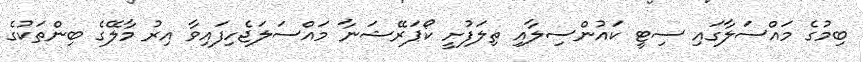
ބިމުގެ މައްސަލާގައި ސިޓީ ކައުންސިލާއި ތިލަފުށީ ކޯޕަރޭޝަނާ މައްސަލަޖެހިފައިވާ އިރު މާލޭގެ ބިންތަކުގެ